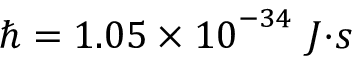
\hslash = 1 . 0 5 \times { 1 0 } ^ { - 3 4 } { \ J } { \cdot } { s }